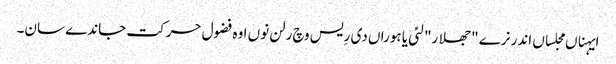
ایہناں مجلساں اندر نرے "جھلار" لئی یا ہوراں دی رِیس وچ رلن نوں اوہ فضول حرکت جاندے سان۔